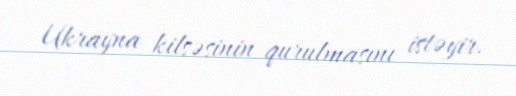
Ukrayna kilsəsinin qurulmasını istəyir.